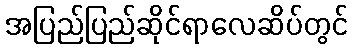
အပြည်ပြည်ဆိုင်ရာလေဆိပ်တွင်